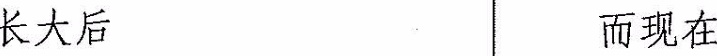
长大后 而现在